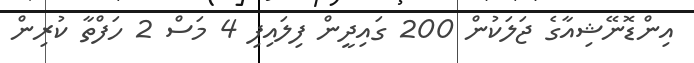
އިންޑޮނޭޝިއާގެ ޖަލަކުން 200 ގައިދީން ފިލައިފި 4 މަސް 2 ހަފްތާ ކުރިން